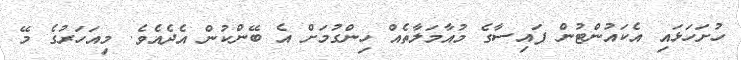
ހުށަހަޅައި އެކައުންޓުން ފައިސާގެ މުއާމަލާތެއް ހިންގުމަށް އެ ބޭންކުން އެދެއެވެ. މިއަހަރުގެ މޭ